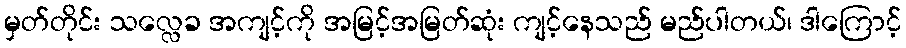
မှတ်တိုင်း သလ္လေခ အကျင့်ကို အမြင့်အမြတ်ဆုံး ကျင့်နေသည် မည်ပါတယ်၊ ဒါကြောင့်